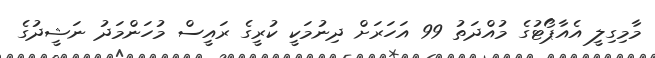
މާމިގިލީ އެއާޕޯޓުގެ މުއްދަތު 99 އަހަރަށް ދިނުމަކީ ކުރީގެ ރައީސް މުހަންމަދު ނަޝީދުގެ